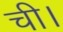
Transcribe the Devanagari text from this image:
ची।